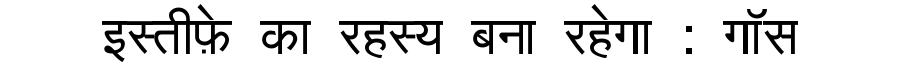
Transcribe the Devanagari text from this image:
इस्तीफ़े का रहस्य बना रहेगा : गॉस